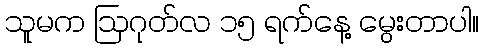
သူမက ဩဂုတ်လ ၁၅ ရက်နေ့ မွေးတာပါ။